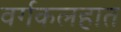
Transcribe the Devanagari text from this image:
वर्गकलहात